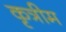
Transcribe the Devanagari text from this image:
कृत्रीम